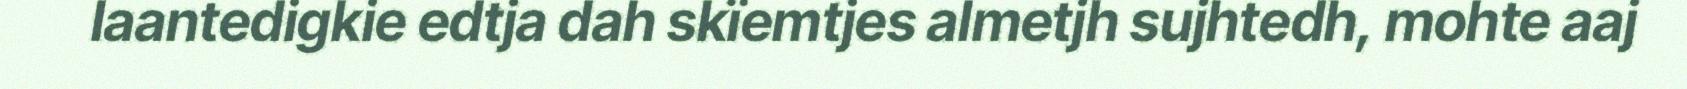
laantedigkie edtja dah skïemtjes almetjh sujhtedh, mohte aaj